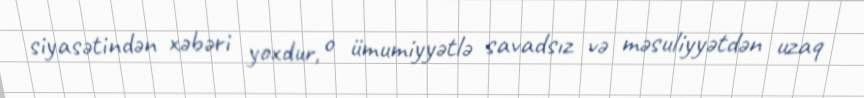
siyasətindən xəbəri yoxdur, o ümumiyyətlə savadsız və məsuliyyətdən uzaq